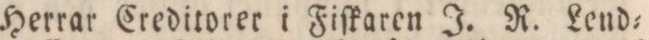
Herrar Creditorer i Fiſkaren J. R. Lend=